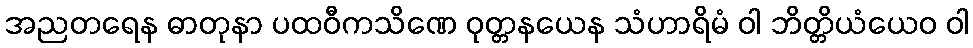
အညတရေန ဓာတုနာ ပထဝီကသိဏေ ဝုတ္တနယေန သံဟာရိမံ ဝါ ဘိတ္တိယံယေဝ ဝါ